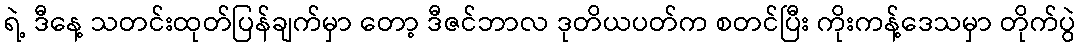
ရဲ့ ဒီနေ့ သတင်းထုတ်ပြန်ချက်မှာ တော့ ဒီဇင်ဘာလ ဒုတိယပတ်က စတင်ပြီး ကိုးကန့်ဒေသမှာ တိုက်ပွဲ